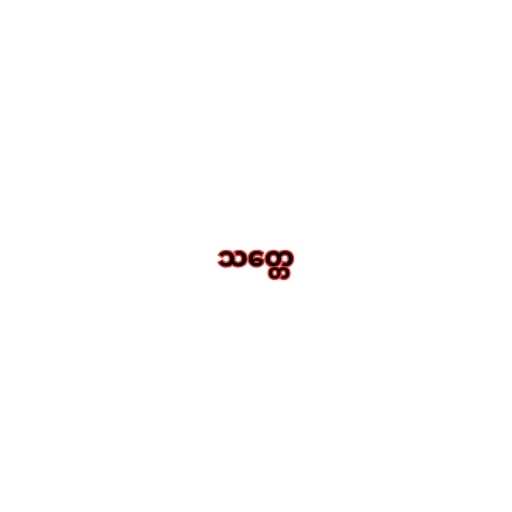
သတ္တေ